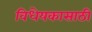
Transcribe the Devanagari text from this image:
विधेयकासाठी